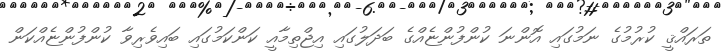
ތަރައްޤީ ކުރުމުގެ ނަމުގައި އޮންނަ ކުންފުންޏެއްގެ ބަދަލުގައި އިޖްތިމާއީ ކަންކަމުގައި ބައިވެރިވާ ކުންފުންޏެއްކަން